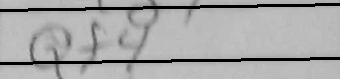
Transcription: Qf4